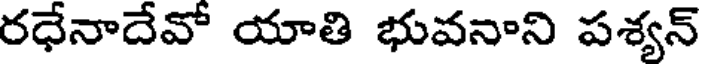
రధేనాదేవో యాతి భువనాని పశ్యన్